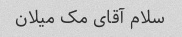
سلام آقای مک میلان